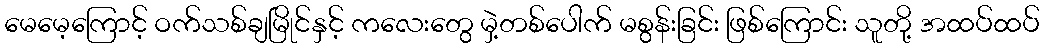
မေမေ့ကြောင့် ဝက်သစ်ချမြိုင်နှင့် ကလေးတွေ မှဲ့တစ်ပေါက် မစွန်းခြင်း ဖြစ်ကြောင်း သူတို့ အထပ်ထပ်